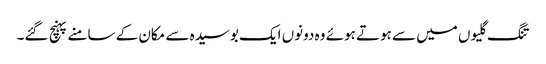
تنگ گلیوں میں سے ہوتے ہوئے وہ دونوں ایک بوسیدہ سے مکان کے سامنے پہنچ گئے۔